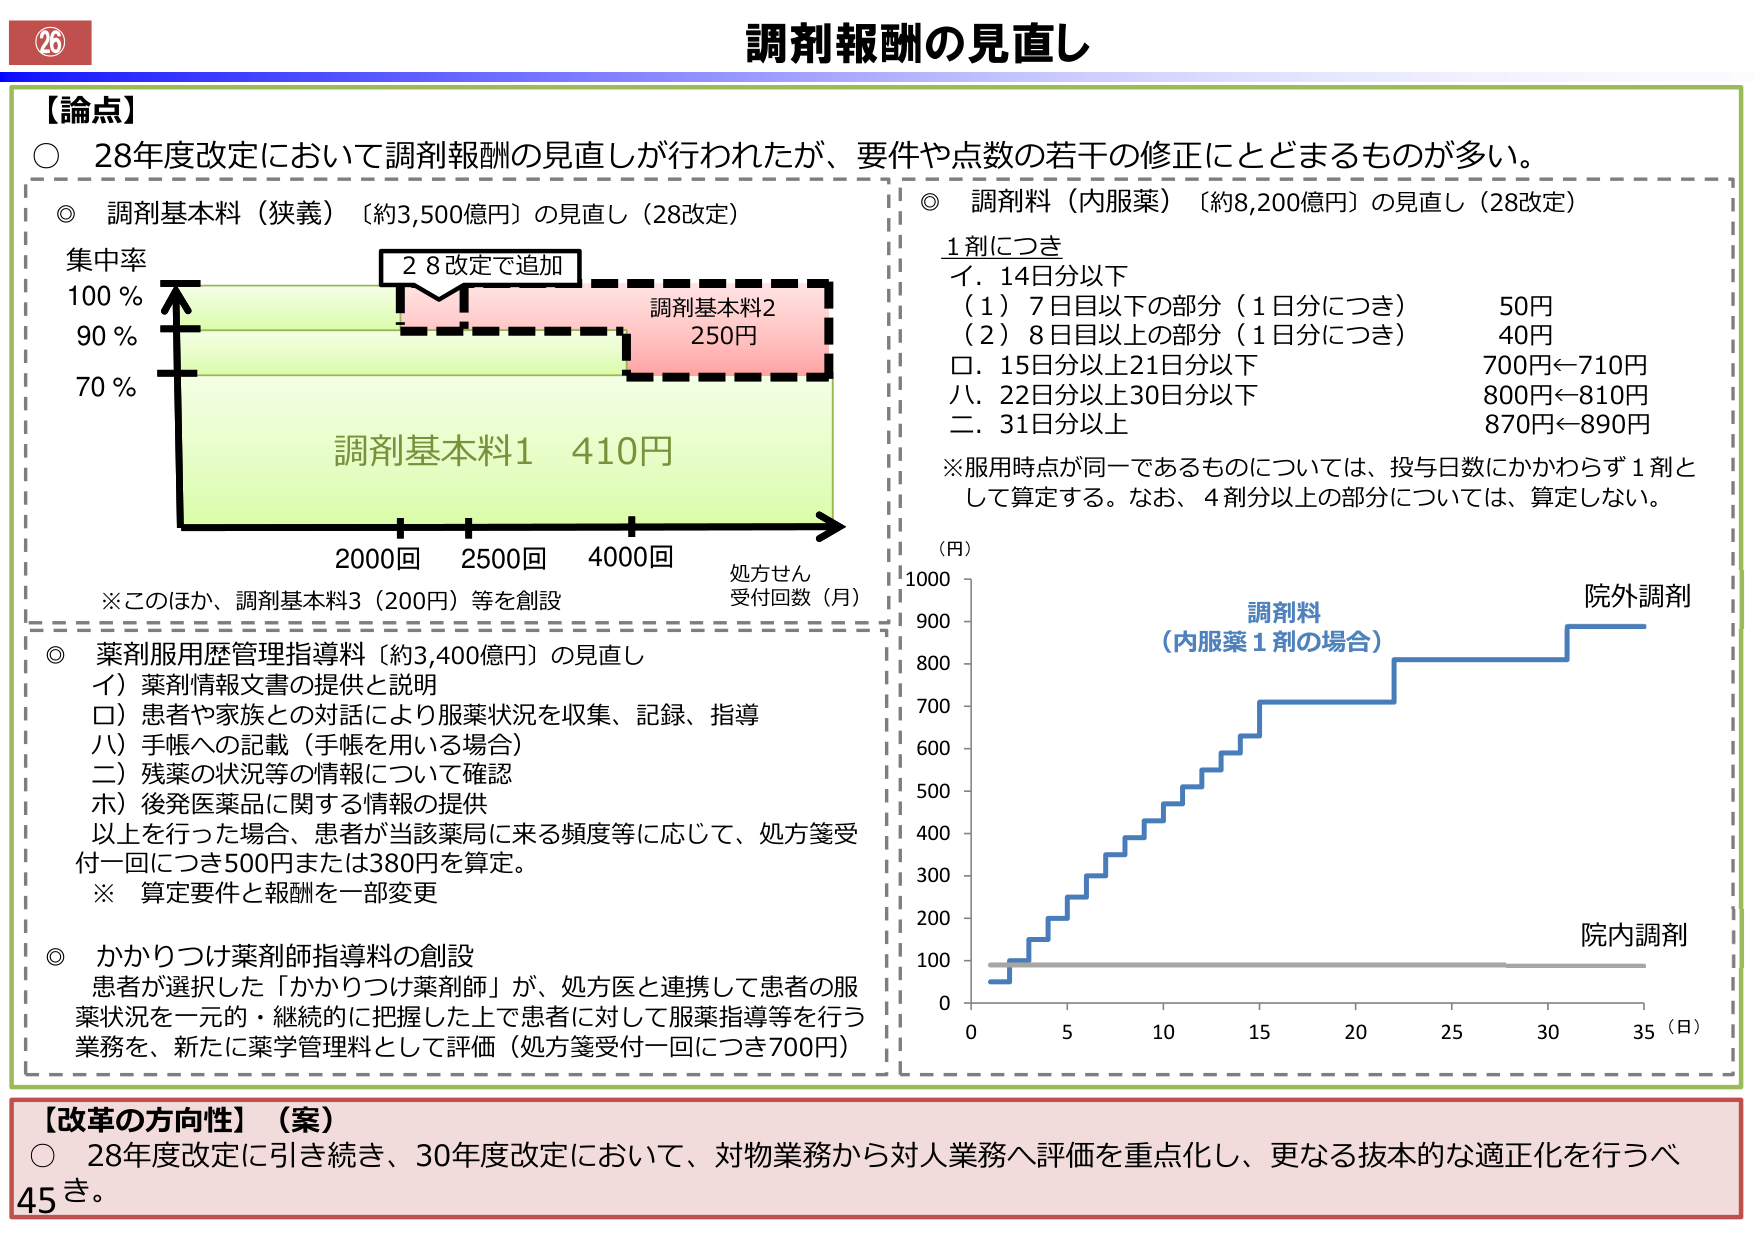
26
調剤報酬の見直し
【論点】
○ 28年度改定において調剤報酬の見直しが行われたが、要件や点数の若干の修正にとどまるものが多い。
◎ 調剤基本料（狭義）〔約3,500億円〕の見直し（28改定）
集中率
100％
90％
70％
2 8改定で追加
調剤基本料2
250円
調剤基本料1 410円
2000回 2500回 4000回 処方せん
受付回数（月）
※このほか、調剤基本料3（200円）等を創設
◎ 薬剤服用歴管理指導料〔約3,400億円〕の見直し
イ）薬剤情報文書の提供と説明
ロ）患者や家族との対話により服薬状況を収集、記録、指導
ハ）手帳への記載（手帳を用いる場合）
二）残薬の状況等の情報について確認
ホ）後発医薬品に関する情報の提供
以上を行った場合、患者が当該薬局に来る頻度等に応じて、処方箋受
付一回につき500円または380円を算定。
※ 算定要件と報酬を一部変更
◎ かかりつけ薬剤師指導料の創設
患者が選択した「かかりつけ薬剤師」が、処方医と連携して患者の服
薬状況を一元的・継続的に把握した上で患者に対して服薬指導等を行う
業務を、新たに薬学管理料として評価（処方箋受付一回につき700円）
◎ 調剤料（内服薬）〔約8,200億円〕の見直し（28改定）
1剤につき
イ．14日分以下
（1）7日目以下の部分（1日分につき） 50円
（2）8日目以上の部分（1日分につき） 40円
ロ．15日分以上21日分以下 700円←710円
ハ．22日分以上30日分以下 800円←810円
二．31日分以上 870円←890円
※服用時点が同一であるものについては、投与日数にかかわらず1剤と
して算定する。なお、4剤分以上の部分については、算定しない。
（円）
1000
900
800
700
600
500
400
300
200
100
0
調剤料
（内服薬1剤の場合）
院外調剤
院内調剤
0 5 10 15 20 25 30 35（日）
【改革の方向性】（案）
○ 28年度改定に引き続き、30年度改定において、対物業務から対人業務へ評価を重点化し、更なる抜本的な適正化を行うべ
45き。